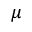
\mu